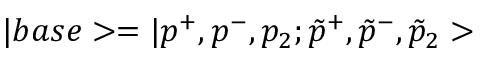
| b a s e > = | p ^ { + } , p ^ { - } , p _ { 2 } ; \tilde { p } ^ { + } , \tilde { p } ^ { - } , \tilde { p } _ { 2 } >